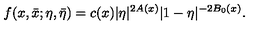
f ( x , \bar { x } ; \eta , \bar { \eta } ) = c ( x ) | \eta | ^ { 2 A ( x ) } | 1 - \eta | ^ { - 2 B _ { 0 } ( x ) } .